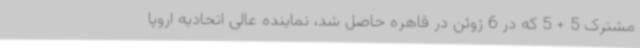
مشترک 5 + 5 که در 6 ژوئن در قاهره حاصل شد، نماینده عالی اتحادیه اروپا